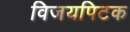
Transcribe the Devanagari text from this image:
विजयपिटक